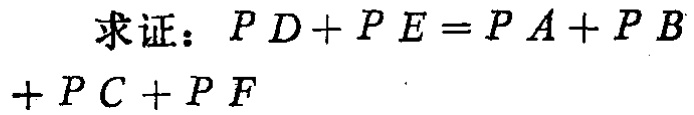
求证：\(PD + PE = PA + PB+ PC + PF\)